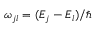
\omega _ { j l } = ( E _ { j } - E _ { l } ) / \hbar